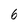
Character: 6